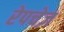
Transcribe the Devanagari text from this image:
रेपचेज़